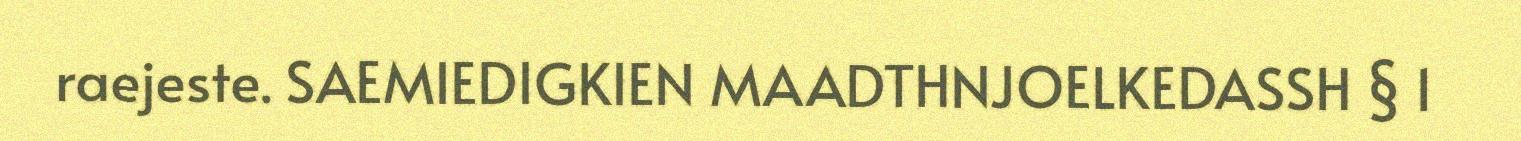
raejeste. SAEMIEDIGKIEN MAADTHNJOELKEDASSH § 1